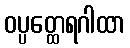
ဝပ္ပတ္ထေရဂါထာ